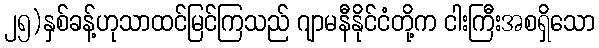
၂၅)နှစ်ခန့်ဟုသာထင်မြင်ကြသည် ဂျာမနီနိုင်ငံတို့က ငါးကြီးအစရှိသော